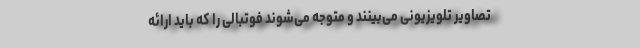
تصاویر تلویزیونی می‌بینند و متوجه می‌شوند فوتبالی را که باید ارائه